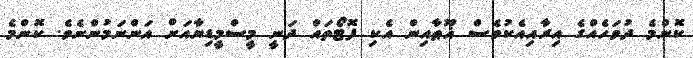
ކޮންމެ ދުވަހެއްގެ އިރާއިއެކުވެސް ޣޫޠާއިން އެކި ފޮޓޯތައް ދަނީ މީސްމީޑިޔާއަށް އަންނަމުންނެވެ. ކޮންމެ